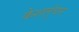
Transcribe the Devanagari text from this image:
केशलुंचन